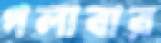
গলাবার